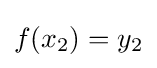
f(x_{2})=y_{2}